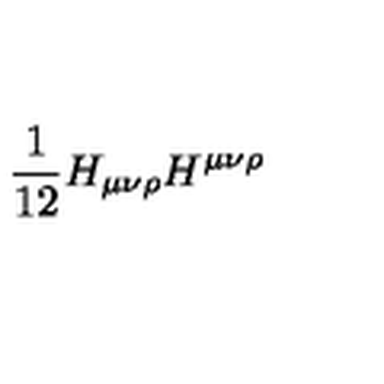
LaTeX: \frac { 1 } { 1 2 } H _ { \mu \nu \rho } H ^ { \mu \nu \rho }